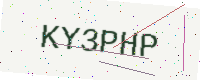
Text: KY3PHP